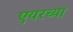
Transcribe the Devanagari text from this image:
एयरच्या